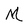
Character: M